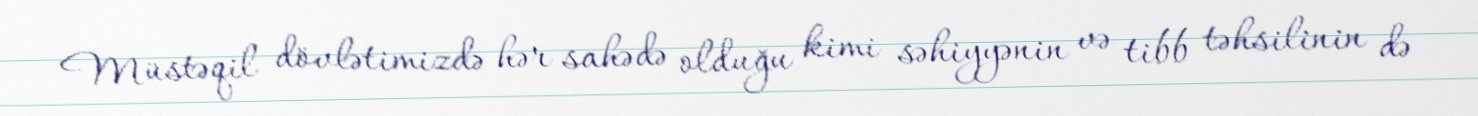
Müstəqil dövlətimizdə hər sahədə olduğu kimi səhiyyənin və tibb təhsilinin də